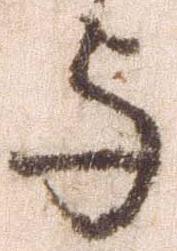
与